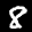
Label: 8